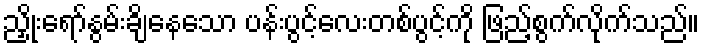
ညှိုးရော်နွမ်းချိနေသော ပန်းပွင့်လေးတစ်ပွင့်ကို ဖြည့်စွက်လိုက်သည်။